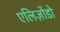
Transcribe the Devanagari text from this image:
एलिज़ोंडो